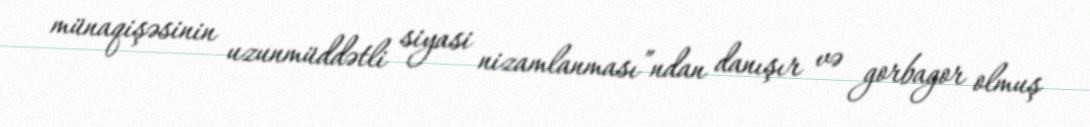
münaqişəsinin uzunmüddətli siyasi nizamlanması”ndan danışır və gorbagor olmuş